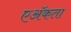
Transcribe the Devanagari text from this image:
एॲकता